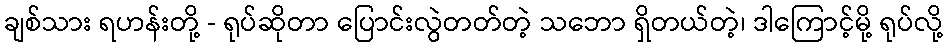
ချစ်သား ရဟန်းတို့ - ရုပ်ဆိုတာ ပြောင်းလွဲတတ်တဲ့ သဘော ရှိတယ်တဲ့၊ ဒါကြောင့်မို့ ရုပ်လို့